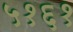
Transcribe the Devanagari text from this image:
५१६१